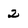
Character: 2